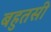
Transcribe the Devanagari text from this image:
बहुतसी